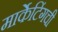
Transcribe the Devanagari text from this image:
मार्केटिंगची